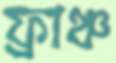
ফ্রাঞ্চ